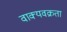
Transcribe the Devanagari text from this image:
वाक्यवक्रता